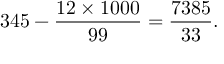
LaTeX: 3 4 5 - { \frac { 1 2 \times 1 0 0 0 } { 9 9 } } = { \frac { 7 3 8 5 } { 3 3 } } .